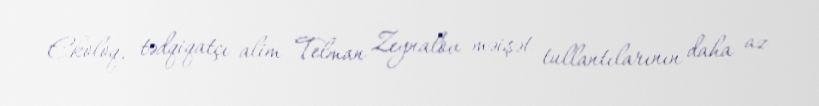
Ekoloq, tədqiqatçı alim Telman Zeynalov məişət tullantılarının daha az